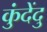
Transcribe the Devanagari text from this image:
कुंदेंदु